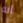
أنه